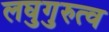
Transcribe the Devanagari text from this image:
लघुगुरुत्व